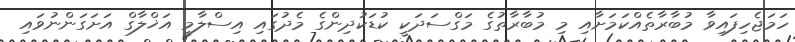
ހަމަޖެހިފައިވާ މުބާރާތެއްކަމަށާއި މި މުބާރާތުގެ މަގްސަދަކީ ކުޑަކުދިންގެ މެދުގައި އިސްލާމީ އަޚްލާގް އަށަގަންނުވައި